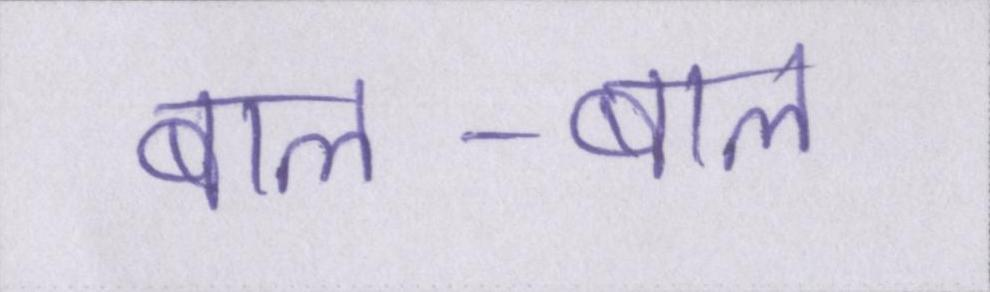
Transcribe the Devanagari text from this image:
बाल-बाल